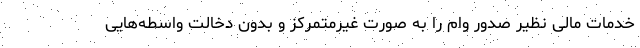
خدمات مالی نظیر صدور وام را به صورت غیرمتمرکز و بدون دخالت واسطه‌هایی